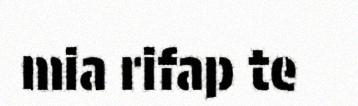
mia rifap te